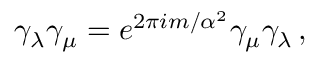
\gamma _ { \lambda } \gamma _ { \mu } = e ^ { 2 \pi i m / \alpha ^ { 2 } } \gamma _ { \mu } \gamma _ { \lambda } \, ,